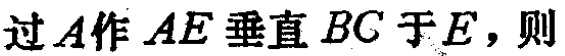
过\(A\)作 \(AE\) 垂直 \(BC\) 于\(E\)，则